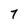
Character: 7